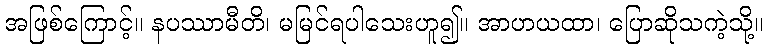
အဖြစ်ကြောင့်။ နပဿာမီတိ၊ မမြင်ရပါသေးဟူ၍။ အာဟယထာ၊ ပြောဆိုသကဲ့သို့။